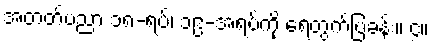
အတတ်ပညာ ၁၈-ရပ်၊ ၁၉-အရပ်ကို ရေတွက်ပြခန်း။ ၄။